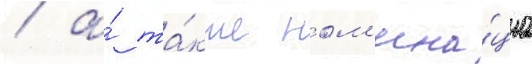
/ а́ та́кже ном'ина́циа